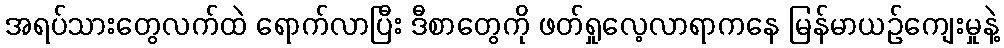
အရပ်သားတွေလက်ထဲ ရောက်လာပြီး ဒီစာတွေကို ဖတ်ရှုလေ့လာရာကနေ မြန်မာယဉ်ကျေးမှုနဲ့